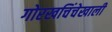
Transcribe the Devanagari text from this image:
गोरखचिंचेखाली